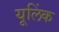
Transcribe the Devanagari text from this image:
यूलिंक